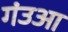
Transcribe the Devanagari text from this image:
गंउआ